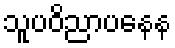
သူပဝိညာပနေန